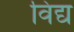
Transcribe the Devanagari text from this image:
विंद्य